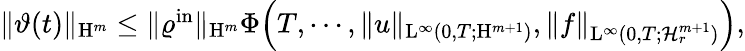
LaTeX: \begin{array}{r}{\Vert\vartheta(t)\Vert_{\mathrm{H}^{m}}\leq\Vert\varrho^{\mathrm{in}}\Vert_{\mathrm{H}^{m}}\Phi\Big(T,\cdots,\Vert u\Vert_{\mathrm{L}^{\infty}(0,T;\mathrm{H}^{m+1})},\Vert f\Vert_{\mathrm{L}^{\infty}(0,T;\mathcal{H}_{r}^{m+1})}\Big),}\end{array}